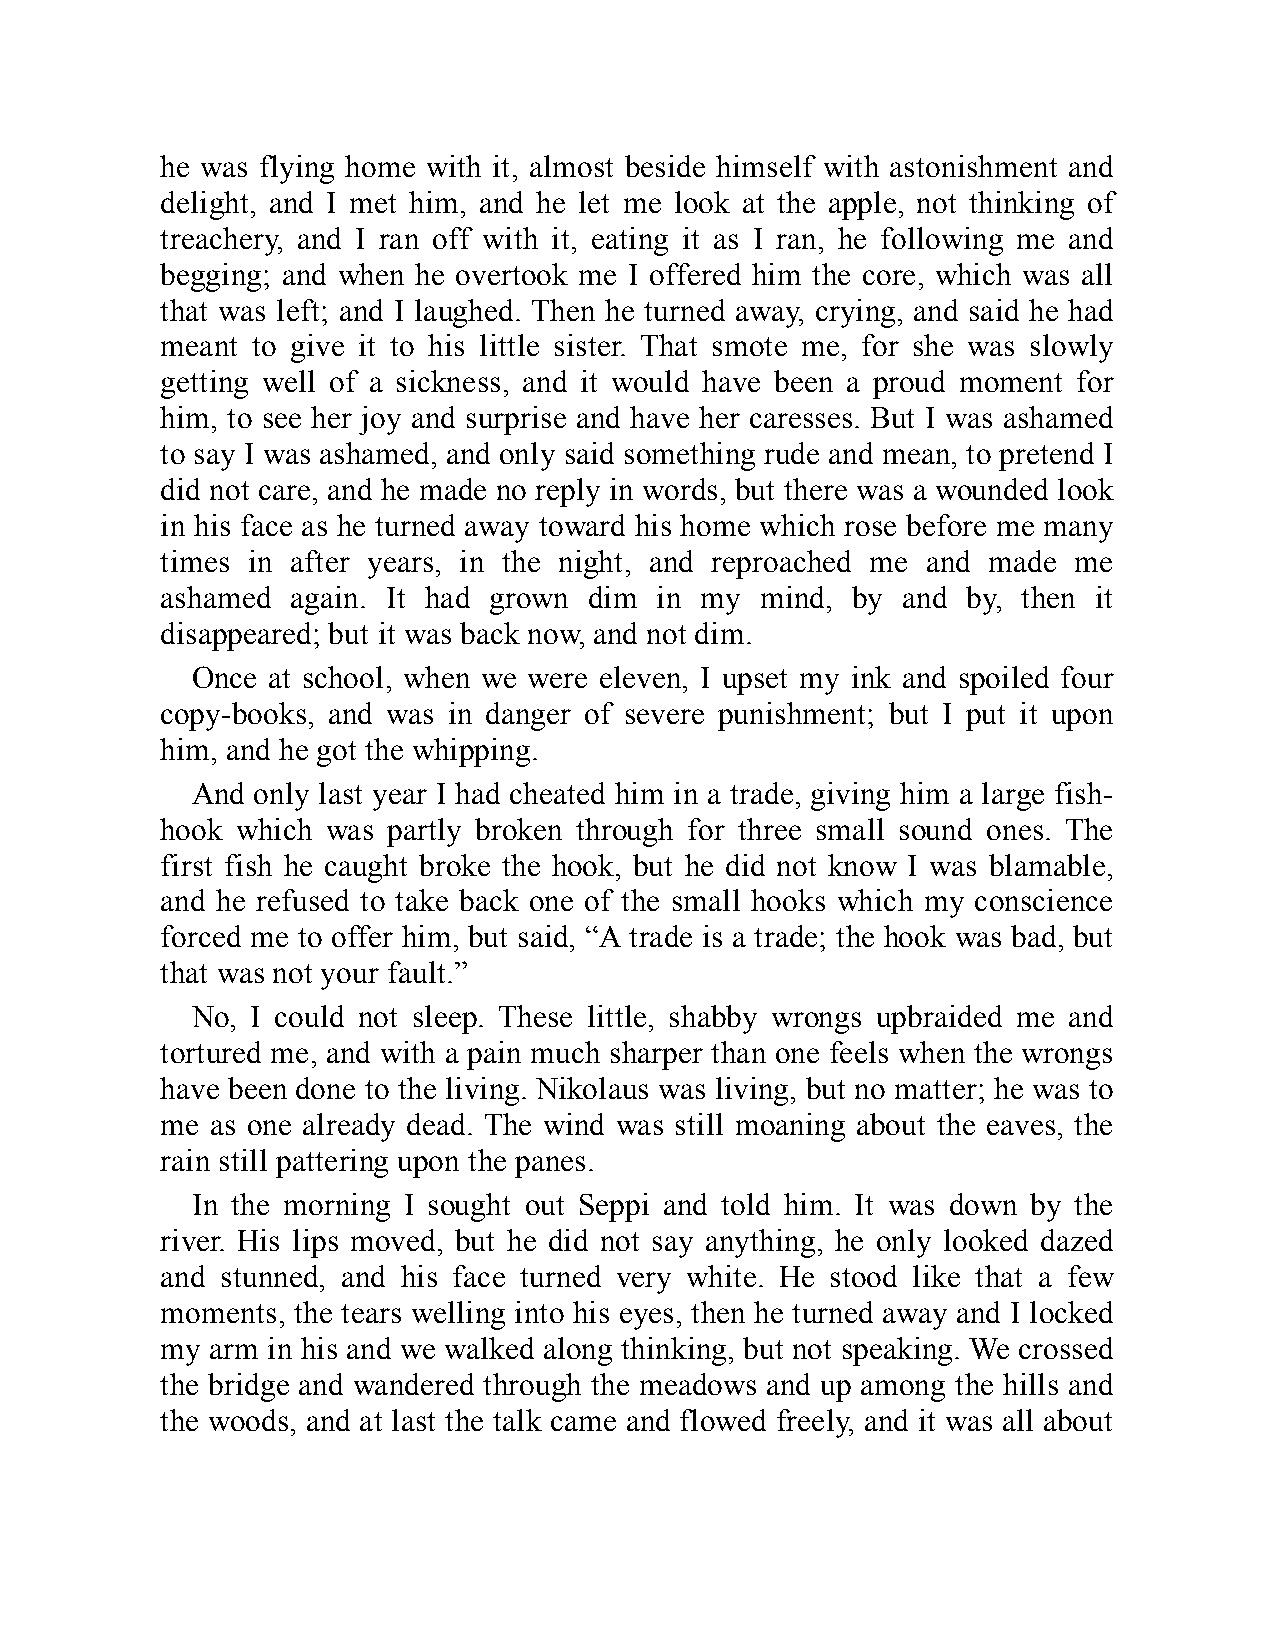
he was flying home with it, almost beside himself with astonishment and
 delight, and I met him, and he let me look at the apple, not thinking of
 treachery, and I ran off with it, eating it as I ran, he following me and
 begging; and when he overtook me I offered him the core, which was all
 that was left; and I laughed. Then he turned away, crying, and said he had
 meant to give it to his little sister. That smote me, for she was slowly
 getting well of a sickness, and it would have been a proud moment for
 him, to see her joy and surprise and have her caresses. But I was ashamed
 to say I was ashamed, and only said something rude and mean, to pretend I
 did not care, and he made no reply in words, but there was a wounded look
 in his face as he turned away toward his home which rose before me many
 times in after years, in the night, and reproached me and made me
 ashamed again. It had grown dim in my  mind, by  and by, then it
 disappeared; but it was back now, and not dim.
 Once at school, when we were eleven, I upset my ink and spoiled four
 copy-books, and was in danger of severe punishment; but I put it upon
 him, and he got the whipping.
 And only last year I had cheated him in a trade, giving him a large fish-
 hook which was partly broken through for three small sound ones. The
 first fish he caught broke the hook, but he did not know I was blamable,
 and he refused to take back one of the small hooks which my conscience
 forced me to offer him, but said, “A trade is a trade; the hook was bad, but
 that was not your fault.”
 No, I could not sleep. These little, shabby wrongs upbraided me and
 tortured me, and with a pain much sharper than one feels when the wrongs
 have been done to the living. Nikolaus was living, but no matter; he was to
 me as one already dead. The wind was still moaning about the eaves, the
 rain still pattering upon the panes.
 In the morning I sought out Seppi and told him. It was down by the
 river. His lips moved, but he did not say anything, he only looked dazed
 and stunned, and his face turned very white. He stood like that a few
 moments, the tears welling into his eyes, then he turned away and I locked
 my arm in his and we walked along thinking, but not speaking. We crossed
 the bridge and wandered through the meadows and up among the hills and
 the woods, and at last the talk came and flowed freely, and it was all about